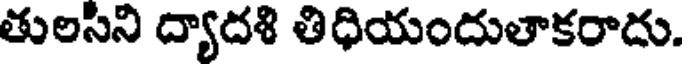
తులసిని ద్యాదశి తిధియందుతాకరాదు.